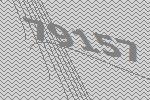
79157